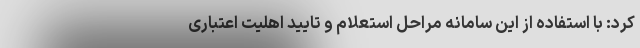
کرد: با استفاده از این سامانه مراحل استعلام و تایید اهلیت اعتباری